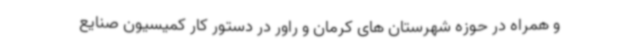
و همراه در حوزه شهرستان های کرمان و راور در دستور کار کمیسیون صنایع